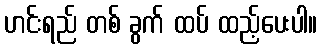
ဟင်းရည် တစ် ခွက် ထပ် ထည့်ပေးပါ။